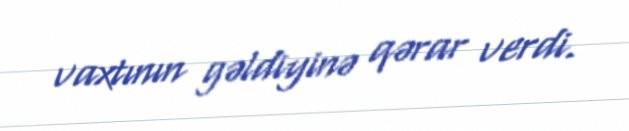
vaxtının gəldiyinə qərar verdi.